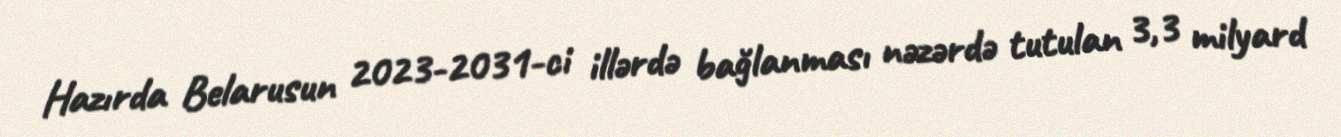
Hazırda Belarusun 2023-2031-ci illərdə bağlanması nəzərdə tutulan 3,3 milyard